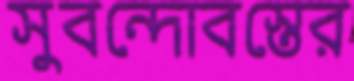
সুবন্দোবস্তের